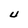
Character: 0